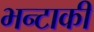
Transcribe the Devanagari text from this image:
भन्टाकी